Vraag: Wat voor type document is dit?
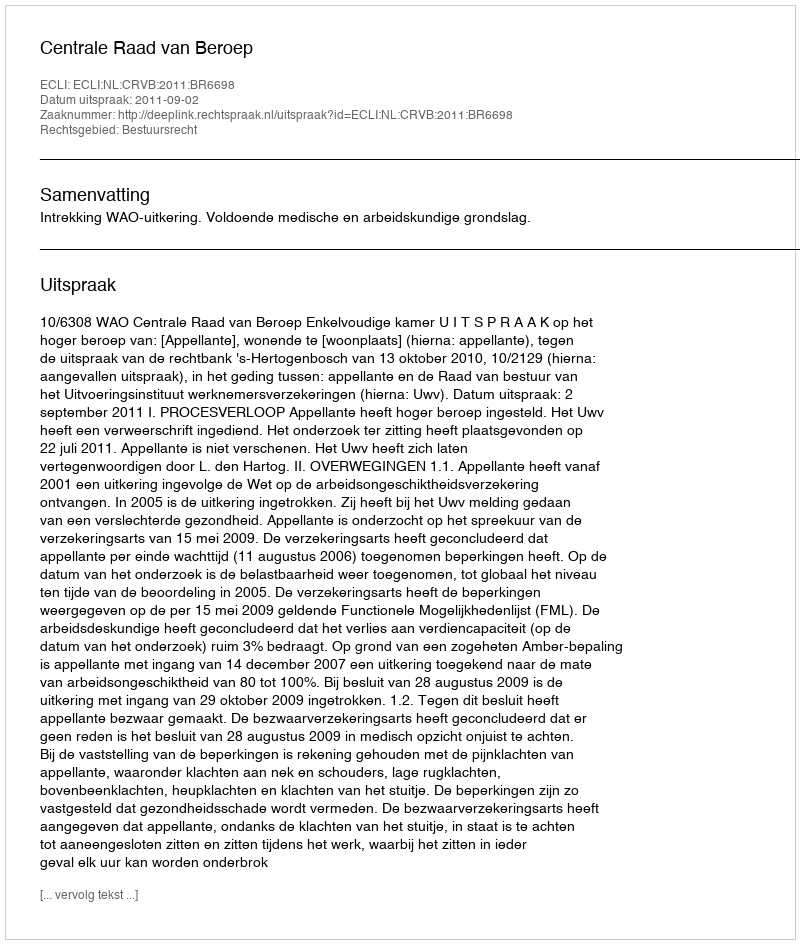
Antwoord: Uitspraak